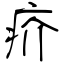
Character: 疥